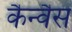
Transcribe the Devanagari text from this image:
कैन्वैस